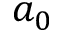
a _ { 0 }